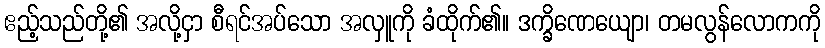
ဧည့်သည်တို့၏ အလို့ငှာ စီရင်အပ်သော အလှူကို ခံထိုက်၏။ ဒက္ခိဏေယျော၊ တမလွန်လောကကို